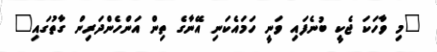
"މި ވާހަކަ ޖެކީ ބުނެފައި ވަނީ ހަމައެކަނި އޭނާގެ ތިން އަންހެންދަރިން ގާތުގައި"